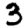
Digit: 3